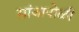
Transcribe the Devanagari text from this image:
सांजापोळी